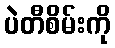
ပဲတီစိမ်းကို